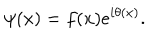
LaTeX: \psi ( x ) = f ( x ) e ^ { i \theta ( x ) } .